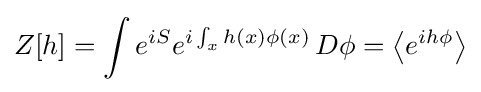
Z[h]=\int e^{iS}e^{i\int _{x}h(x)\phi (x)}\,D\phi =\left\langle e^{ih\phi }\right\rangle